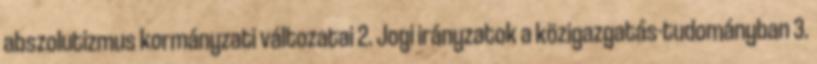
abszolutizmus kormányzati változatai 2. Jogi irányzatok a közigazgatás-tudományban 3.